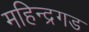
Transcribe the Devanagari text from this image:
महिन्द्रगड